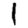
Digit: 1